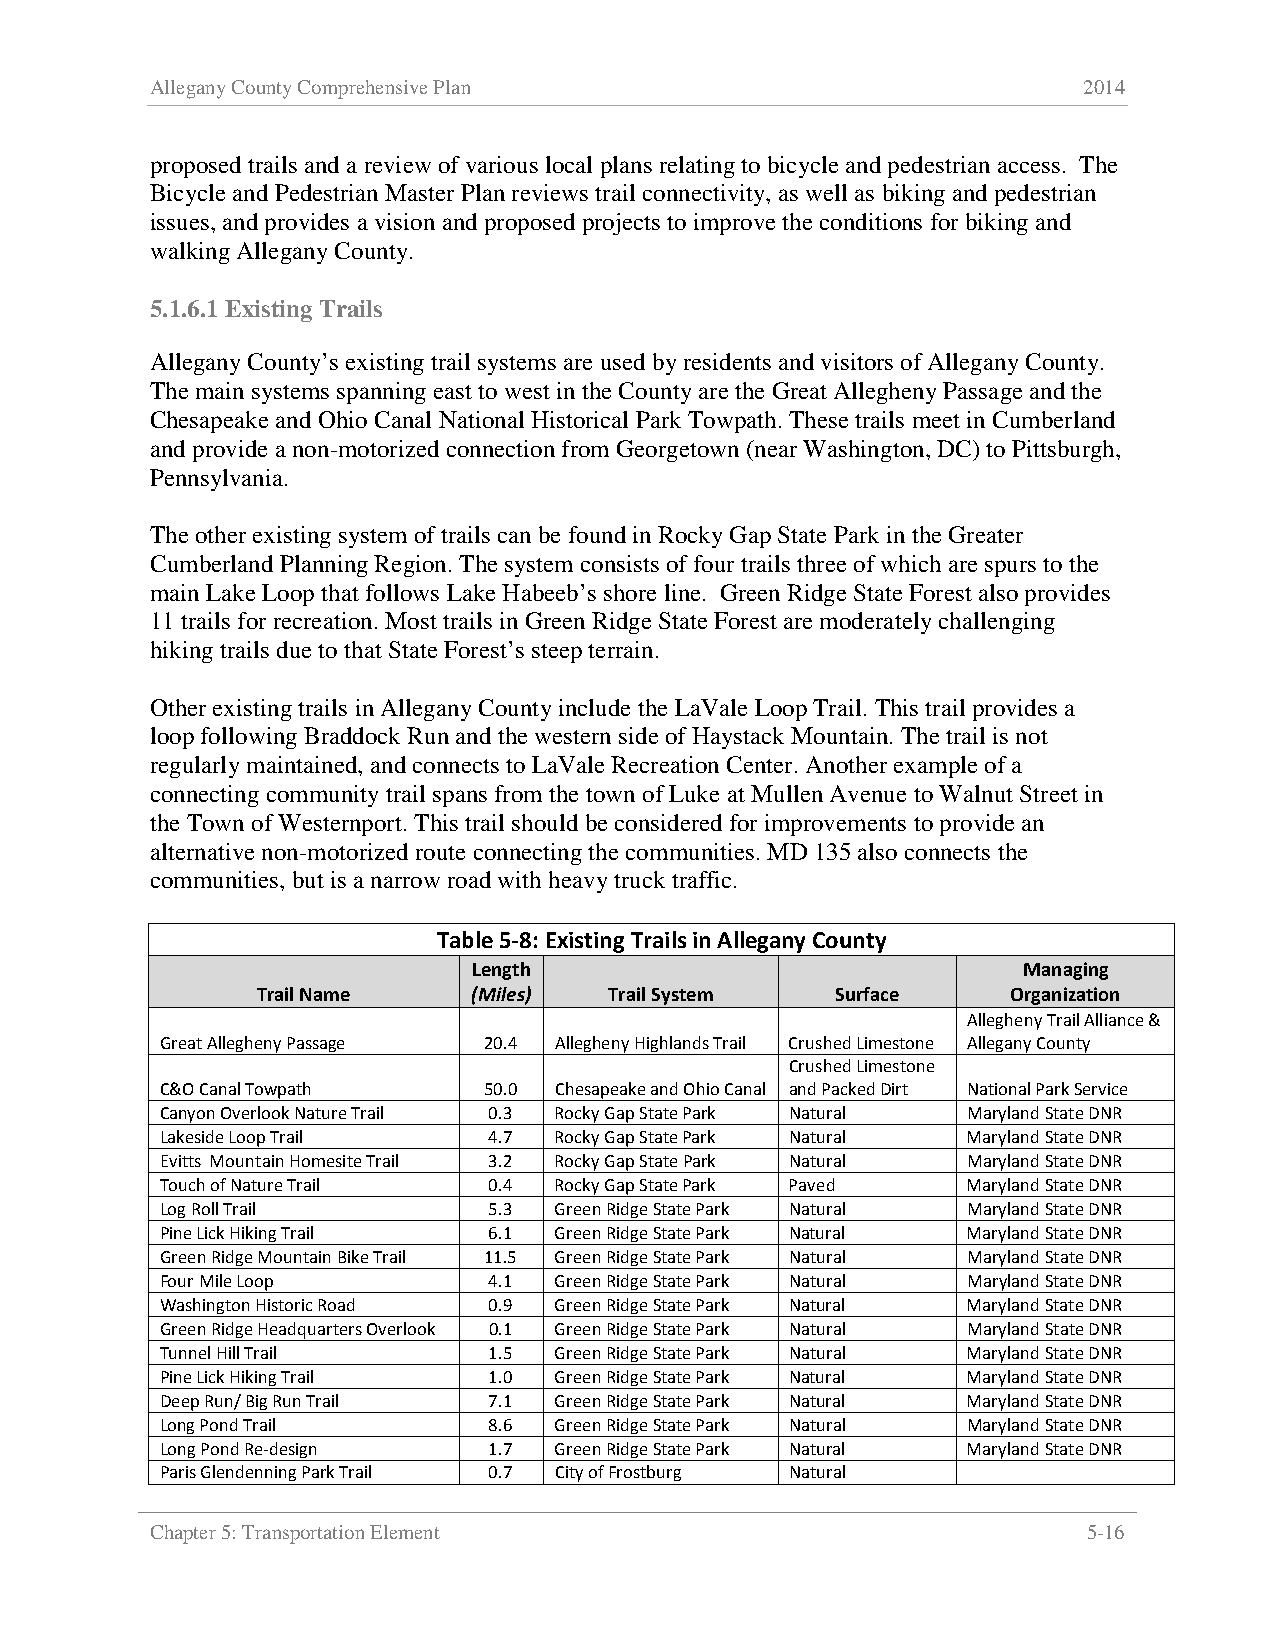
Allegany County Comprehensive Plan                            2014
 proposed trails and a review of various local plans relating to bicycle and pedestrian access. The
 Bicycle and Pedestrian Master Plan reviews trail connectivity, as well as biking and pedestrian
 issues, and provides a vision and proposed projects to improve the conditions for biking and
 walking Allegany County.
 5.1.6.1 Existing Trails
 Allegany County’s existing trail systems are used by residents and visitors of Allegany County.
 The main systems spanning east to west in the County are the Great Allegheny Passage and the
 Chesapeake and Ohio Canal National Historical Park Towpath. These trails meet in Cumberland
 and provide a non-motorized connection from Georgetown (near Washington, DC) to Pittsburgh,
 Pennsylvania.
 The other existing system of trails can be found in Rocky Gap State Park in the Greater
 Cumberland Planning Region. The system consists of four trails three of which are spurs to the
 main Lake Loop that follows Lake Habeeb’s shore line. Green Ridge State Forest also provides
 11 trails for recreation. Most trails in Green Ridge State Forest are moderately challenging
 hiking trails due to that State Forest’s steep terrain.
 Other existing trails in Allegany County include the LaVale Loop Trail. This trail provides a
 loop following Braddock Run and the western side of Haystack Mountain. The trail is not
 regularly maintained, and connects to LaVale Recreation Center. Another example of a
 connecting community trail spans from the town of Luke at Mullen Avenue to Walnut Street in
 the Town of Westernport. This trail should be considered for improvements to provide an
 alternative non-motorized route connecting the communities. MD 135 also connects the
 communities, but is a narrow road with heavy truck traffic.
 Table 5-8: Existing Trails in Allegany County
 Length                               Managing
 Trail Name    (Miles)  Trail System   Surface     Organization
 Allegheny Trail Alliance &
 Great Allegheny Passage 20.4 Allegheny Highlands Trail Crushed Limestone Allegany County
 Crushed Limestone
 C&O Canal Towpath    50.0 Chesapeake and Ohio Canal and Packed Dirt National Park Service
 Canyon Overlook Nature Trail 0.3 Rocky Gap State Park Natural Maryland State DNR
 Lakeside Loop Trail  4.7  Rocky Gap State Park Natural Maryland State DNR
 Evitts Mountain Homesite Trail 3.2 Rocky Gap State Park Natural Maryland State DNR
 Touch of Nature Trail 0.4 Rocky Gap State Park Paved Maryland State DNR
 Log Roll Trail       5.3  Green Ridge State Park Natural Maryland State DNR
 Pine Lick Hiking Trail 6.1 Green Ridge State Park Natural Maryland State DNR
 Green Ridge Mountain Bike Trail 11.5 Green Ridge State Park Natural Maryland State DNR
 Four Mile Loop       4.1  Green Ridge State Park Natural Maryland State DNR
 Washington Historic Road 0.9 Green Ridge State Park Natural Maryland State DNR
 Green Ridge Headquarters Overlook 0.1 Green Ridge State Park Natural Maryland State DNR
 Tunnel Hill Trail    1.5  Green Ridge State Park Natural Maryland State DNR
 Pine Lick Hiking Trail 1.0 Green Ridge State Park Natural Maryland State DNR
 Deep Run/ Big Run Trail 7.1 Green Ridge State Park Natural Maryland State DNR
 Long Pond Trail      8.6  Green Ridge State Park Natural Maryland State DNR
 Long Pond Re-design  1.7  Green Ridge State Park Natural Maryland State DNR
 Paris Glendenning Park Trail 0.7 City of Frostburg Natural
 Chapter 5: Transportation Element                             5-16